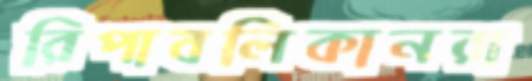
রিপাবলিকানরা